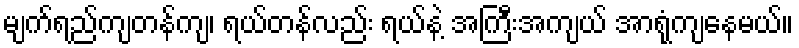
မျက်ရည်ကျတန်ကျ၊ ရယ်တန်လည်း ရယ်နဲ့ အကြီးအကျယ် အာရုံကျနေမယ်။